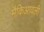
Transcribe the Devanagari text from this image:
मैकिआवली